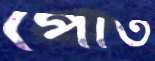
পোত